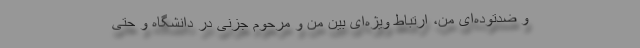
و ضد‌توده‌ای من، ارتباط ویژه‌ای بین من و مرحوم جزنی در دانشگاه و حتی